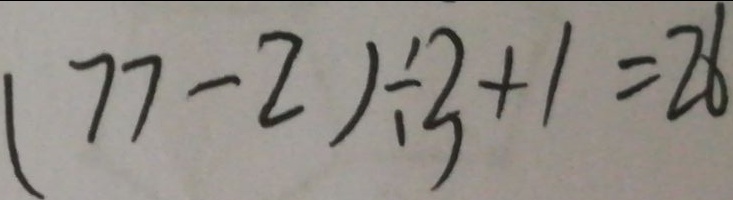
( 7 7 - 2 ) \div 3 + 1 = 2 6